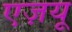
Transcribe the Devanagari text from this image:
एज़यू